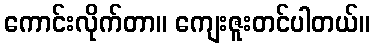
ကောင်းလိုက်တာ။ ကျေးဇူးတင်ပါတယ်။